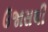
ઉજાસથી